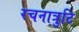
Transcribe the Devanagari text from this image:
रचनात्रुटि